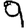
Digit: 9